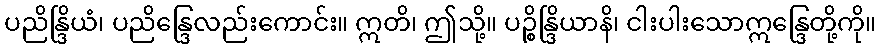
ပညိန္ဒြိယံ၊ ပညိန္ဒြေလည်းကောင်း။ ဣတိ၊ ဤသို့။ ပဉ္စိန္ဒြိယာနိ၊ ငါးပါးသောဣန္ဒြေတို့ကို။